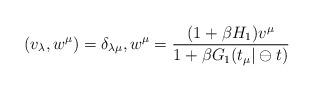
LaTeX: \begin{align*}(v_{\lambda },w^\mu)=\delta _{\lambda \mu },w^\mu=\frac{(1+\beta H_{1})v^{\mu }}{1+\beta G_1(t_{\mu }|\ominus t)}\end{align*}